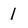
Character: 1